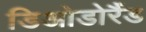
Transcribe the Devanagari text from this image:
डिओडोरैंड